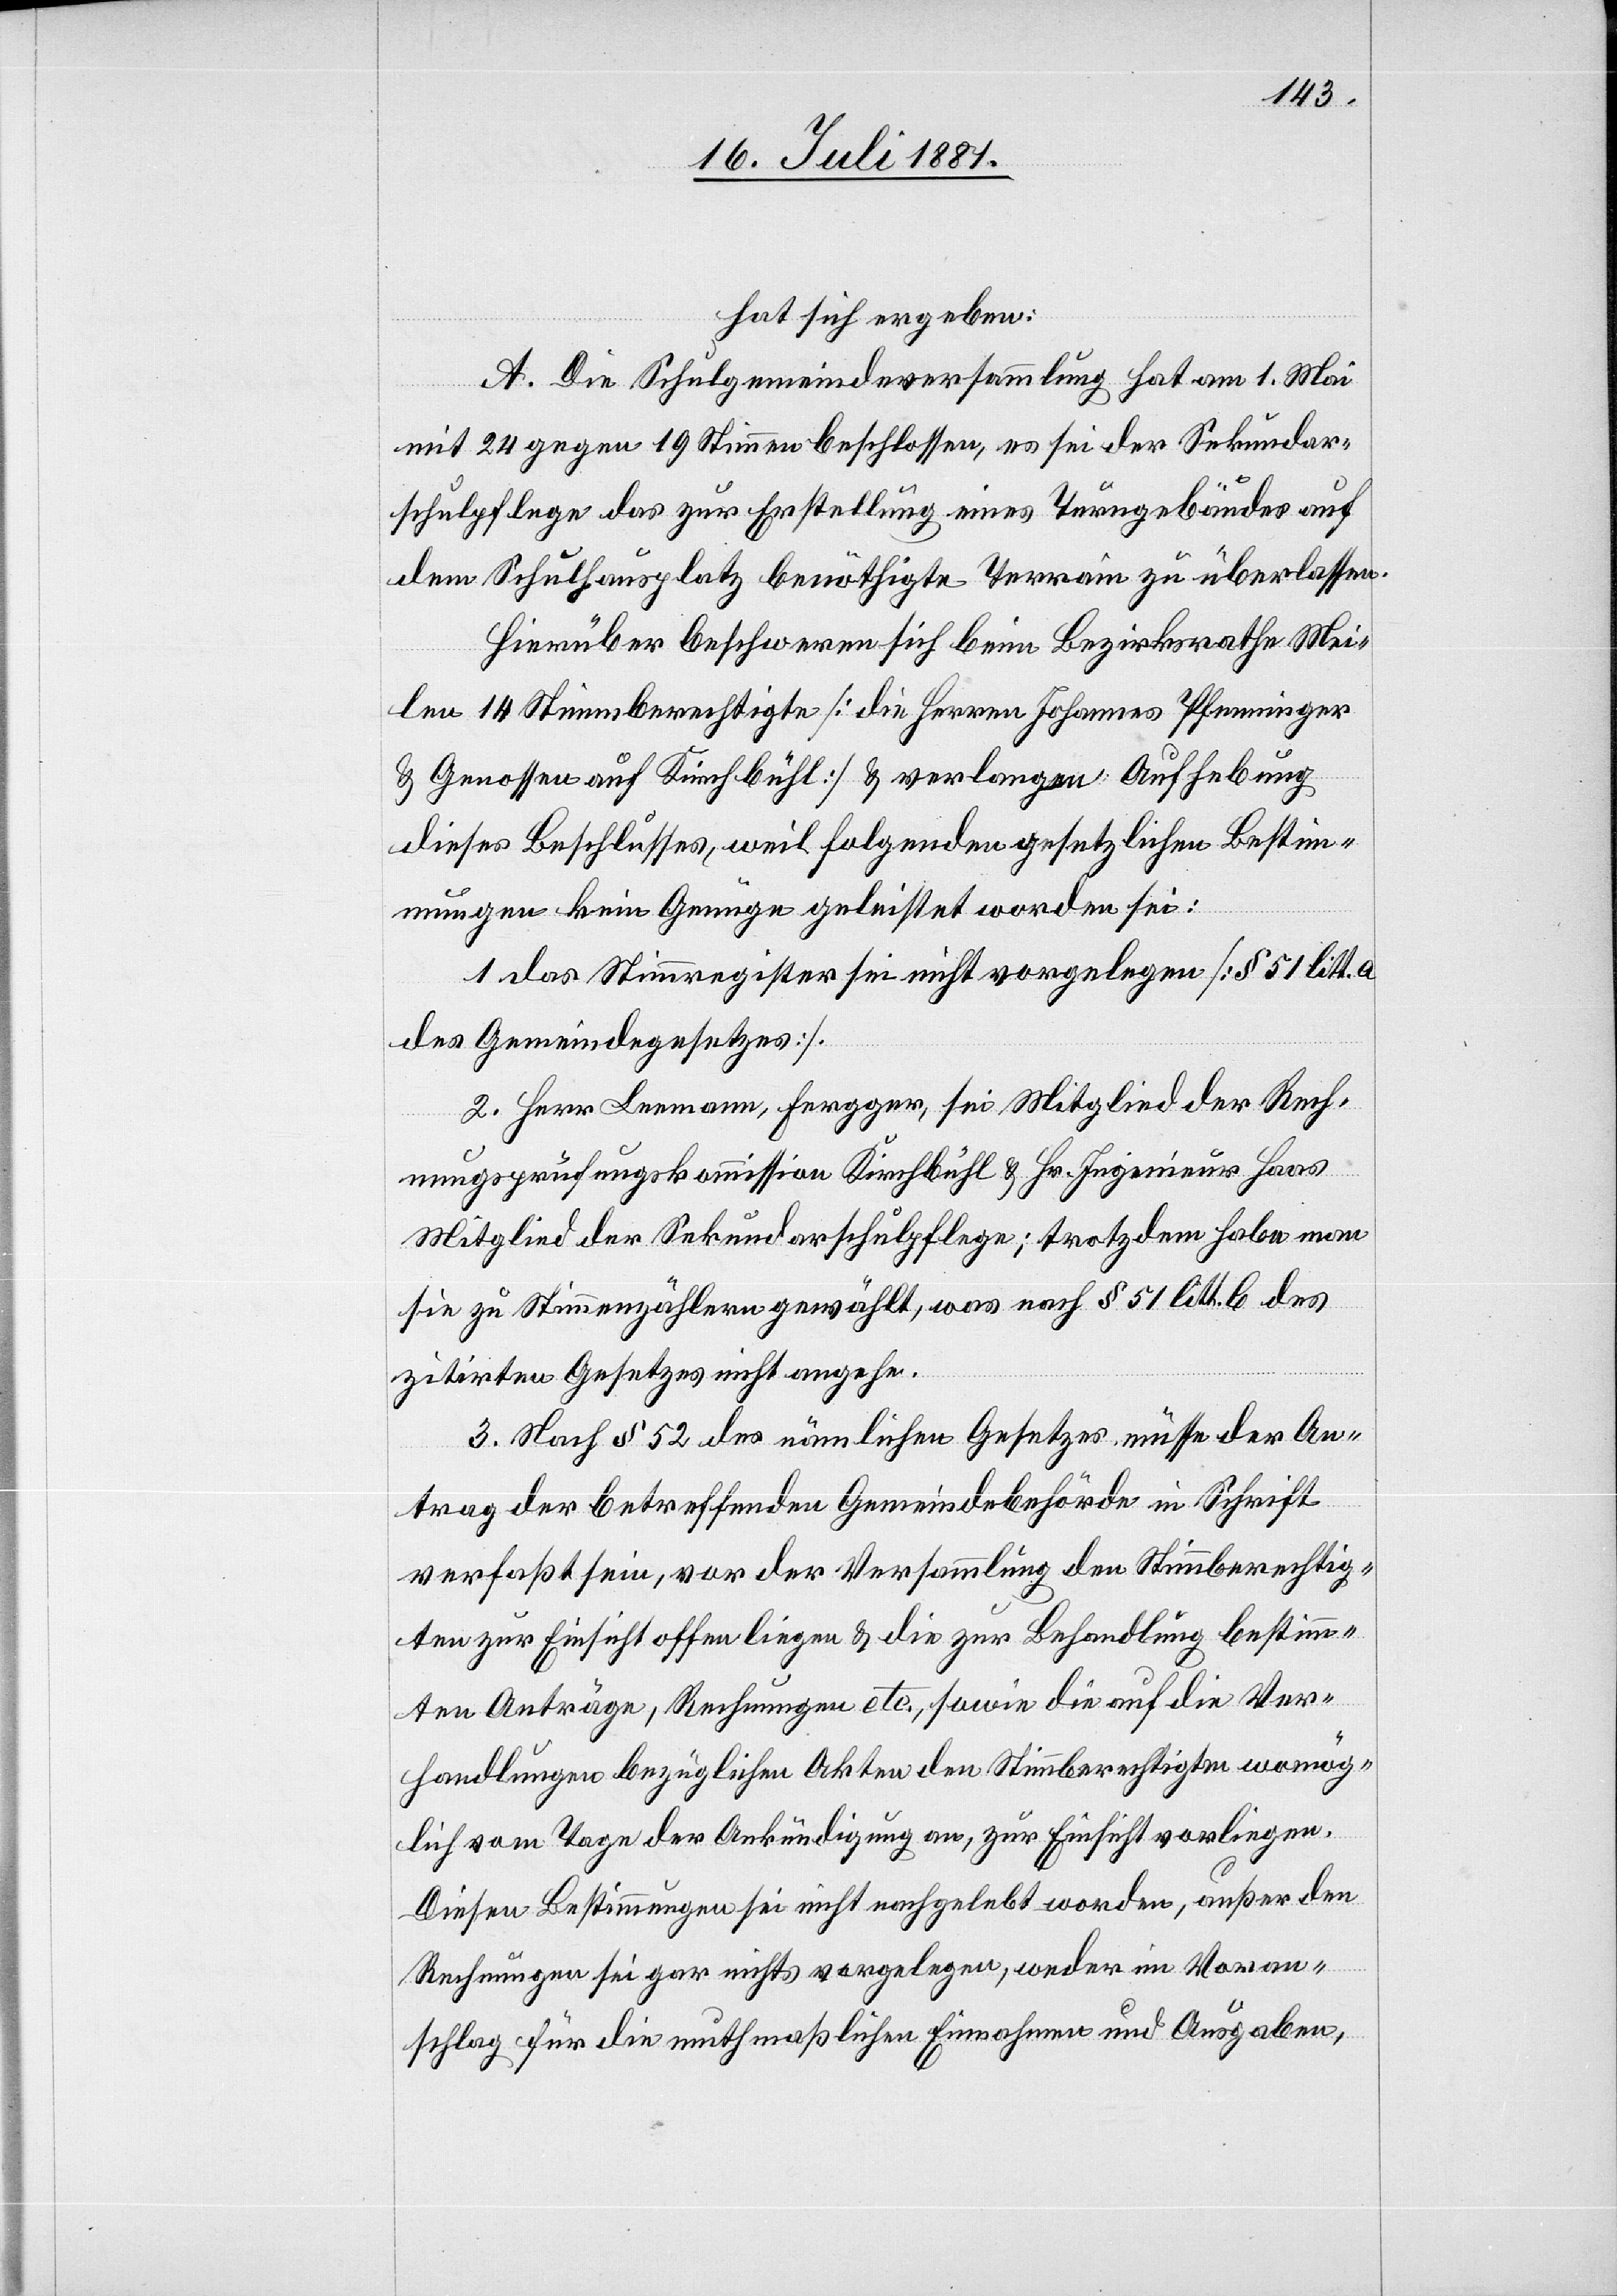
hat sich ergeben:
A. Die Schulgemeindeversammlung hat am 1. Mai
mit 24 gegen 19 Stimmen beschlossen, es sei der Sekundar¬
schulpflege das zur Erstellung eines Turngebäudes auf
dem Schulhausplatz benöthigte Terrain zu überlassen.
Hierüber beschweren sich beim Bezirksrathe Mei¬
len 14 Stimmberechtigte [die Herren Johannes Pfenninger
& Genossen aus Kirchbühl] & verlangen Aufhebung
dieses Beschlusses, weil folgenden gesetzlichen Bestim¬
mungen kein Genüge geleistet worden sei:
1. das Stimmregister sei nicht vorgelegen [§ 51 litt. a
des Gemeindegesetzes].
2. Herr Leemann, Fergger, sei Mitglied der Rech¬
nungsprüfungskommission Kirchbühl & Hr. Ingenieur Haas
Mitglied der Sekundarschulpflege; trotzdem habe man
sie zu Stimmzählern gewählt, was nach § 51 litt. b des
zitirten Gesetzes nicht angehe.
3. Nach § 5 des nämlichen Gesetzes müsse der An¬
trag der betreffenden Gemeindebehörde in Schrift
verfaßt sein, vor der Versammlung den Stimmberechtig¬
ten zur Einsicht offen liegen & die zur Behandlung bestimm¬
ten Anträge, Rechnungen etc., sowie die auf die Ver¬
handlungen bezüglichen Akten den Stimmberechtigten womög¬
lich vom Tage der Ankündigung an, zur Einsicht vorliegen.
Diesen Bestimmungen sei nicht nachgelebt worden, außer den
Rechnungen sei gar nichts vorgelegen, weder im Voran¬
schlag für die mutmaßlichen Einnahmen und Ausgaben,